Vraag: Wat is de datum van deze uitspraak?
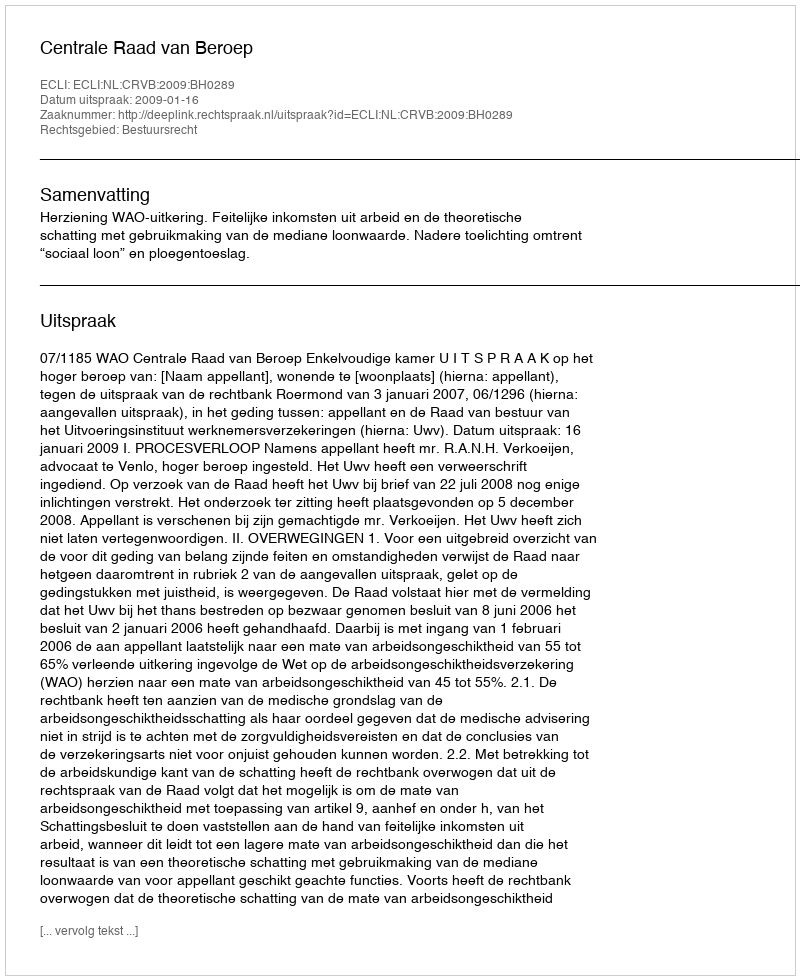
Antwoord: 2009-01-16